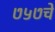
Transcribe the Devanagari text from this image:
७५७चे